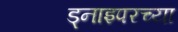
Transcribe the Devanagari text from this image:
ड्नाइपरच्या